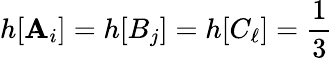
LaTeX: h[\mathbf{A}_{i}]=h[B_{j}]=h[C_{\ell}]=\frac{{1}}{{3}}